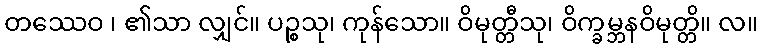
တဿေဝ ၊ ၏သာ လျှင်။ ပဉ္စသု၊ ကုန်သော။ ဝိမုတ္တီသု၊ ဝိက္ခမ္ဘနဝိမုတ္တိ။ လ။